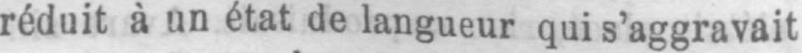
réduit à un état de langueur qui s’aggravait